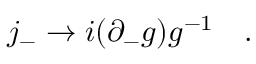
j _ { - } \to i ( \partial _ { - } g ) g ^ { - 1 } \quad .